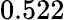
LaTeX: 0.522